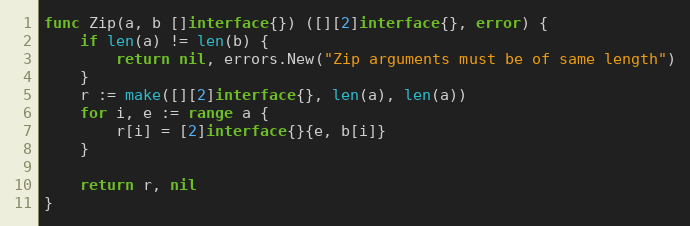
Language: Go
func Zip(a, b []interface{}) ([][2]interface{}, error) {
	if len(a) != len(b) {
		return nil, errors.New("Zip arguments must be of same length")
	}
	r := make([][2]interface{}, len(a), len(a))
	for i, e := range a {
		r[i] = [2]interface{}{e, b[i]}
	}

	return r, nil
}